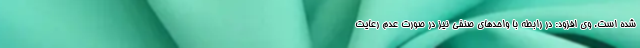
شده است. وی افزود: در رابطه با واحدهای صنفی نیز در صورت عدم رعایت